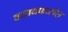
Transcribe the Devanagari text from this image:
बचावफळीत